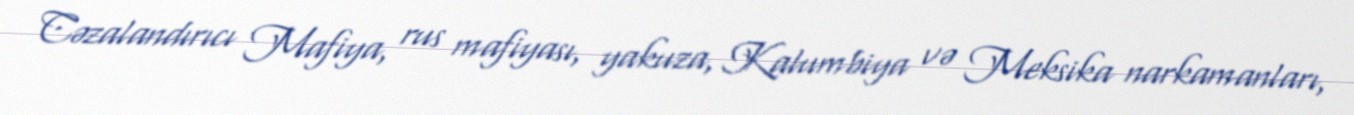
Cəzalandırıcı Mafiya, rus mafiyası, yakuza, Kalumbiya və Meksika narkamanları,